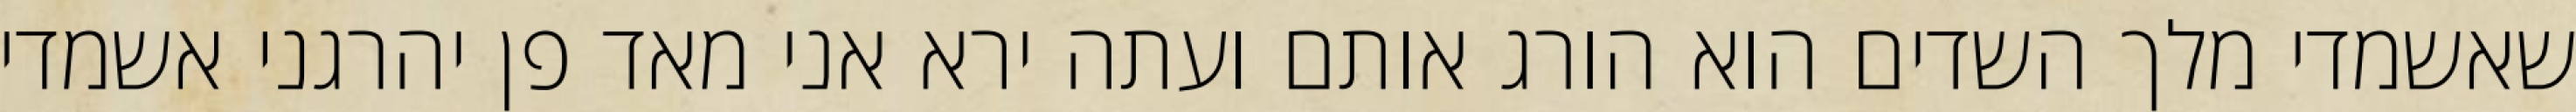
שאשמדי מלך השדים הוא הורג אותם ועתה ירא אני מאד פן יהרגני אשמדי